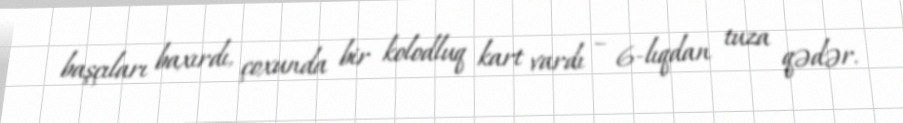
başçıları baxırdı, çoxunda bir kolodluq kart vardı – 6-lıqdan tuza qədər.